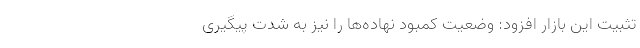
تثبیت این بازار افزود: وضعیت کمبود نهاده‌ها را نیز به شدت پیگیری